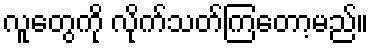
လူတွေကို လိုက်သတ်ကြတော့မည်။